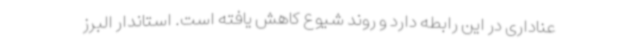
عناداری در این رابطه دارد و روند شیوع کاهش یافته است. استاندار البرز